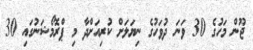
ޖޫން މަހުގެ 30 ވަނަ ދުވަހުގެ ނިޔަލަށް ކުރިއަށްދާ މި ޕްރޮމޯޝަނުގައި 30